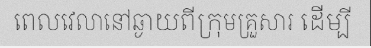
ពេលវេលានៅឆ្ងាយពីក្រុមគ្រួសារ ដើម្បី